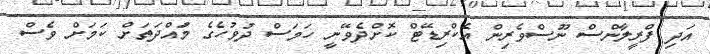
އަދި ފްރީލާންސް ނޫސްވެރިން އެކްރިޑޭޓް ކޮށްދެވޭނީ ހަމަސް ދުވުހެގެ މުައްދަތަށް ކަމަށް ވެސް